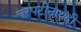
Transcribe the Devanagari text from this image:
चरपटीनाथही